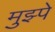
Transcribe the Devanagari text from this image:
मुझ्पे